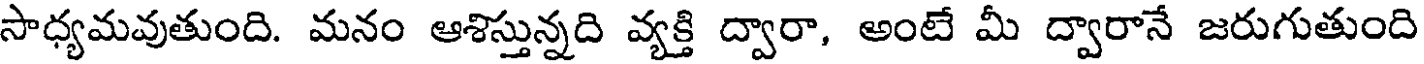
సాధ్యమవుతుంది. మనం ఆశిస్తున్నది వ్యక్తి ద్వారా, అంటే మీ ద్వారానే జరుగుతుంది